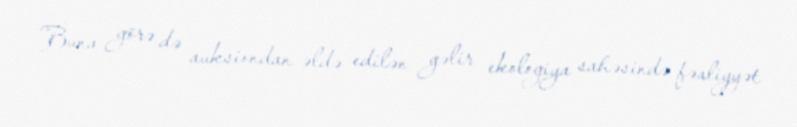
Buna görə də auksiondan əldə edilən gəlir ekologiya sahəsində fəaliyyət